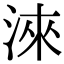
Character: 淶